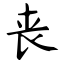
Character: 丧